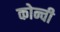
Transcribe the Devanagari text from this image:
कोन्ची